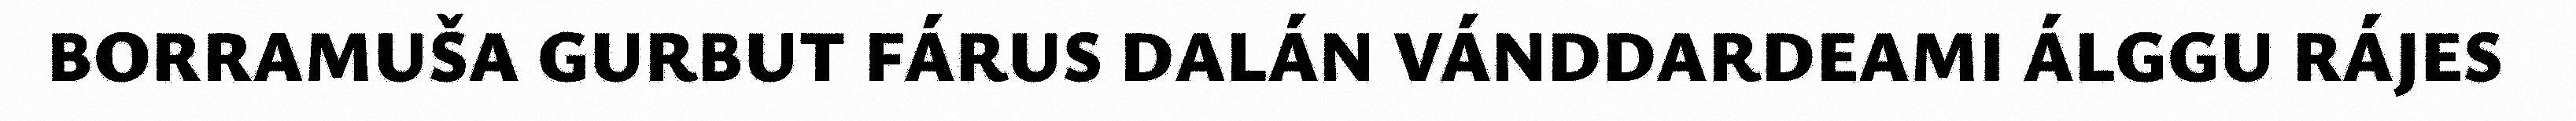
BORRAMUŠA GURBUT FÁRUS DALÁN VÁNDDARDEAMI ÁLGGU RÁJES